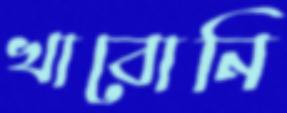
খাবোনি